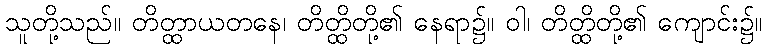
သူတို့သည်။ တိတ္ထာယတနေ၊ တိတ္ထိတို့၏ နေရာ၌။ ဝါ၊ တိတ္ထိတို့၏ ကျောင်း၌။